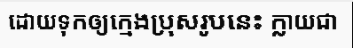
ដោយទុកឲ្យក្មេងប្រុសរូបនេះ ក្លាយជា